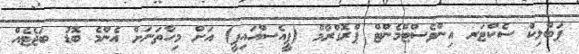
ޕަބްލިކް ސެކްޓަރ އިންވެސްޓްމެންޓް ޕްރޮގްރާމް (ޕީއެސްއައިޕީ) އަށް މިހާތަނަށް އެންމެ ބޮޑު ބަޖެޓެއް